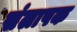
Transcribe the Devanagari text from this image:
संलापक